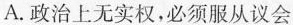
A.政治上无实权，必须服从议会